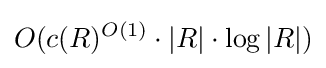
O(c(R)^{O(1)}\cdot |R|\cdot \log |R|)